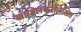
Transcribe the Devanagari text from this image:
खाडिलकरलिखित